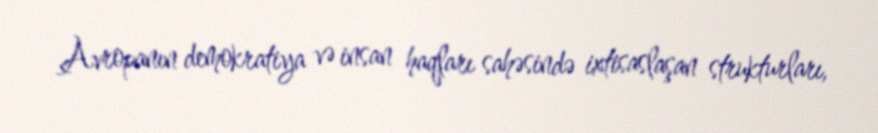
Avropanın demokratiya və insan haqları sahəsində ixtisaslaşan strukturları,